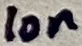
Text: 10n